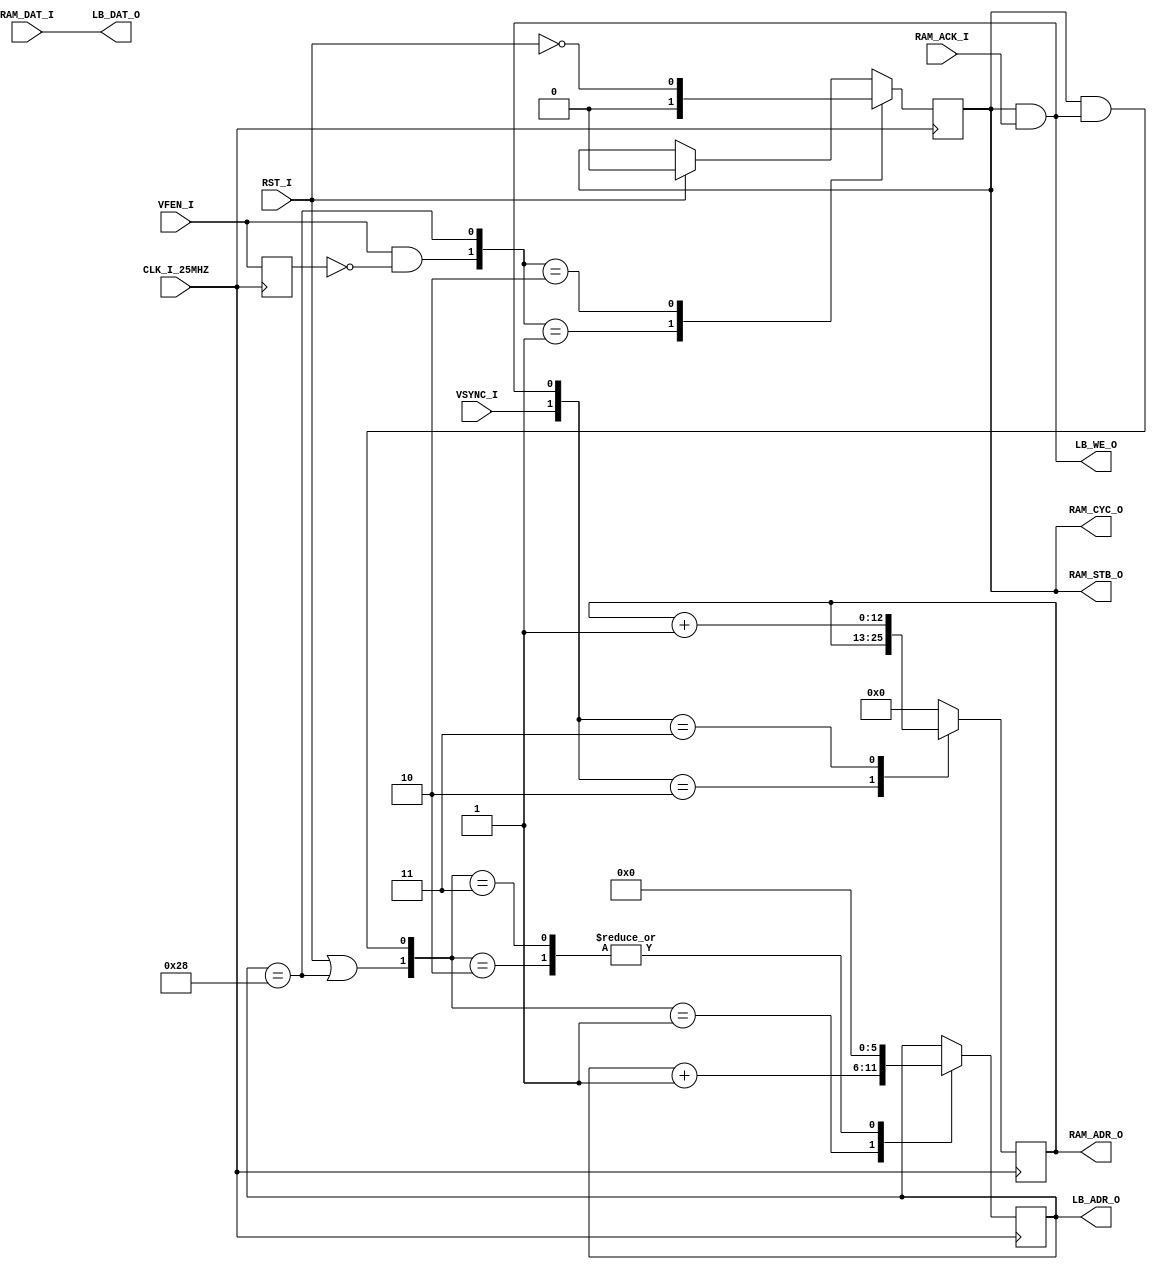
module VIDEO_FETCHER(
	input					RST_I,
	input					CLK_I_25MHZ,
	input					VSYNC_I,
	input					VFEN_I,
	output	[12:0]	RAM_ADR_O,
	output				RAM_CYC_O,
	output				RAM_STB_O,
	input					RAM_ACK_I,
	input		[15:0]	RAM_DAT_I,
	output	[ 5:0]	LB_ADR_O,
	output	[15:0]	LB_DAT_O,
	output				LB_WE_O
);

	reg	[12:0]	bitmap_ptr;
	reg				bitmap_fetch_in_progress;

	reg	[12:0]	n_bitmap_ptr;
	reg				n_bitmap_fetch_in_progress;
	reg				last_transfer;
	reg				start_transfer;
	reg	[ 5:0]	fetch_counter;
	reg	[ 5:0]	n_fetch_counter;
	reg				o_vfen;
	reg				rst_fetch_ctr;
	reg				inc_fetch_ctr;
	reg				line_buffer_write;

	assign	RAM_ADR_O	= bitmap_ptr;
	assign	RAM_CYC_O	= bitmap_fetch_in_progress;
	assign	RAM_STB_O	= bitmap_fetch_in_progress;
	assign	LB_ADR_O		= fetch_counter;
	assign	LB_WE_O		= line_buffer_write;
	assign	LB_DAT_O		= RAM_DAT_I;

	always @(posedge CLK_I_25MHZ) begin
		bitmap_ptr						<= n_bitmap_ptr;
		bitmap_fetch_in_progress	<= n_bitmap_fetch_in_progress;
		fetch_counter					<= n_fetch_counter;
		o_vfen							<= VFEN_I;
	end
	
	always @(*) begin
		start_transfer		<= VFEN_I & !o_vfen;
		last_transfer		<= (fetch_counter == 40);
		rst_fetch_ctr		<= (RST_I | last_transfer);
		line_buffer_write	<= RAM_CYC_O & RAM_STB_O & RAM_ACK_I;
		inc_fetch_ctr		<= (bitmap_fetch_in_progress & line_buffer_write);

		case({VSYNC_I, line_buffer_write})
			2'b10:	n_bitmap_ptr <= bitmap_ptr;
			2'b11:	n_bitmap_ptr <= bitmap_ptr+1;
			default:	n_bitmap_ptr <= 0;
		endcase

		case({rst_fetch_ctr, inc_fetch_ctr})
			2'b01:	n_fetch_counter <= fetch_counter+1;
			2'b10:	n_fetch_counter <= 0;
			2'b11:	n_fetch_counter <= 0;
			default:	n_fetch_counter <= fetch_counter;
		endcase

		case({start_transfer, last_transfer})
			3'b01:	n_bitmap_fetch_in_progress <= 0;
			3'b10:	n_bitmap_fetch_in_progress <= !RST_I;
			default:	n_bitmap_fetch_in_progress <= (RST_I)? 0 : bitmap_fetch_in_progress;
		endcase
	end
endmodule